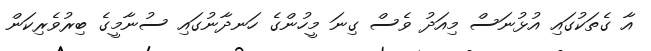
އާ ގެތަކުގައި އުޅުނަސް މިއަދު ވެސް ގިނަ މީހުންގެ ހަނދާނުގައި ސުނާމީގެ ބިރުވެރިކަން